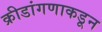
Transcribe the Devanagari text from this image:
क्रीडांगणाकडून